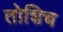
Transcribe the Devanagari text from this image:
तोशिच